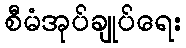
စီမံအုပ်ချုပ်ရေး